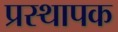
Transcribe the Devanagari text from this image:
प्रस्थापक